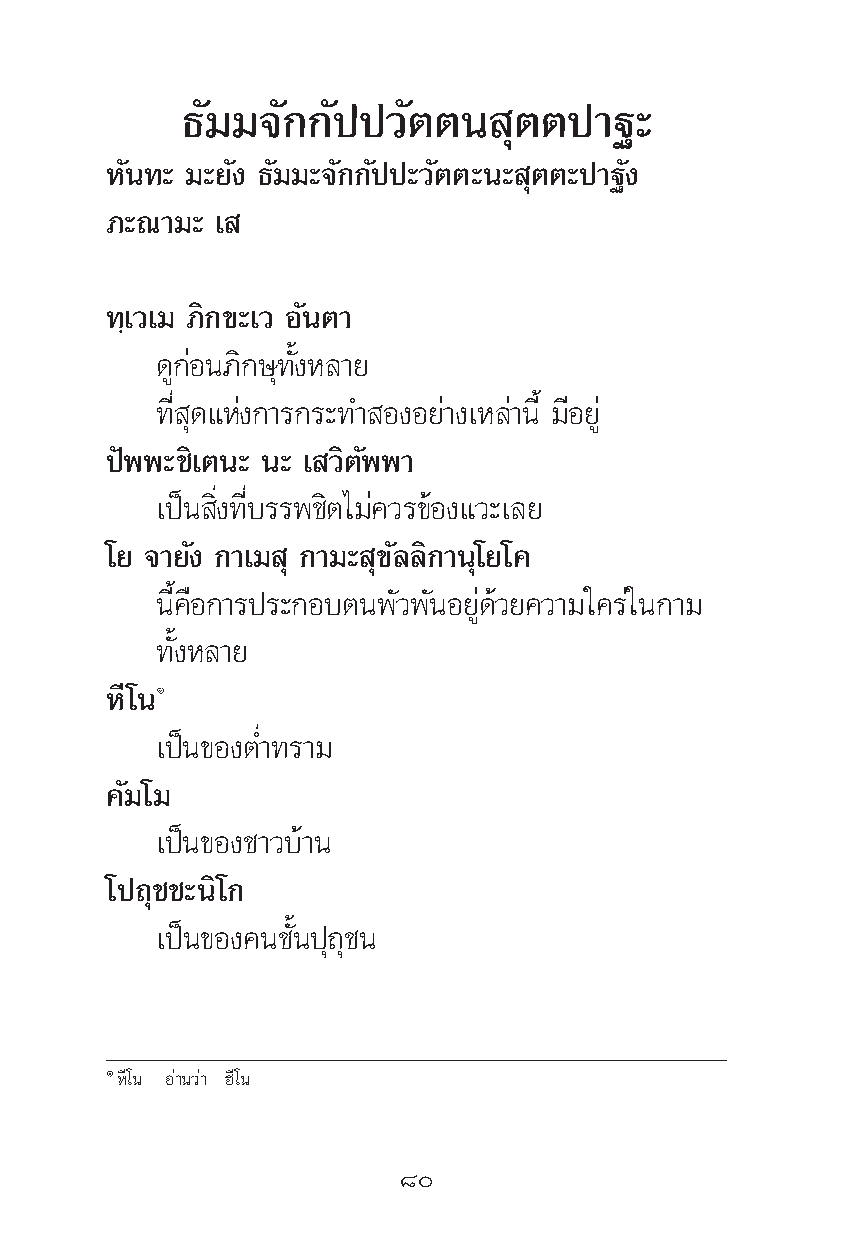
∏—¡¡®—°°—ªª«—μμπ      ÿμμª“∞–
 À—π∑– ¡–¬—ß ∏—¡¡–®—°°—ªª–«—μμ–π– ÿμμ–ª“∞—ß
 ¿–≥“¡– ‡
 ∑⁄‡«‡¡ ¿‘°¢–‡« Õ—πμ“
 ¥Ÿ°àÕπ¿‘°…ÿ∑—ÈßÀ≈“¬
 ∑’Ë ÿ¥·Ààß°“√°√–∑” ÕßÕ¬à“ß‡À≈à“π’È ¡’Õ¬Ÿà
 ªíææ–™‘‡μπ– π– ‡ «‘μ—ææ“
 ‡ªìπ ‘Ëß∑’Ë∫√√æ™‘μ‰¡à§«√¢âÕß·«–‡≈¬
 ‚¬ ®“¬—ß °“‡¡ ÿ °“¡– ÿ¢—≈≈‘°“πÿ‚¬‚§
 π’È§◊Õ°“√ª√–°Õ∫μπæ—«æ—πÕ¬Ÿà¥â«¬§«“¡„§√à„π°“¡
 ∑—ÈßÀ≈“¬
 À’‚πÒ
 ‡ªìπ¢ÕßμË”∑√“¡
 §—¡‚¡
 ‡ªìπ¢Õß™“«∫â“π
 ‚ª∂ÿ™™–π‘‚°
 ‡ªìπ¢Õß§π™—Èπªÿ∂ÿ™π
 ÒÀ’‚π Õà“π«à“ Œ’‚π
 ¯